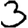
Digit: 3